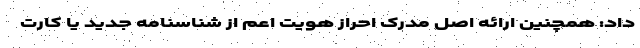
داد: همچنین ارائه اصل مدرک احراز هویت اعم از شناسنامه جدید یا کارت